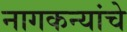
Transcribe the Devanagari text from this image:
नागकन्यांचे